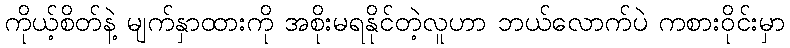
ကိုယ့်စိတ်နဲ့ မျက်နှာထားကို အစိုးမရနိုင်တဲ့လူဟာ ဘယ်လောက်ပဲ ကစားဝိုင်းမှာ